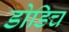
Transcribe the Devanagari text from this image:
डोडिच